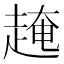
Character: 𧼎